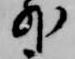
外